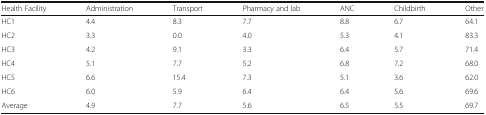
| Health Facility | Administration | Transport | Pharmacy and lab | ANC | Childbirth | Other |
 | --- | --- | --- | --- | --- | --- | --- |
 | HC1 | 4.4 | 8.3 | 7.7 | 8.8 | 6.7 | 64.1 |
 | HC2 | 3.3 | 0.0 | 4.0 | 5.3 | 4.1 | 83.3 |
 | HC3 | 4.2 | 9.1 | 3.3 | 6.4 | 5.7 | 71.4 |
 | HC4 | 5.1 | 7.7 | 5.2 | 6.8 | 7.2 | 68.0 |
 | HC5 | 6.6 | 15.4 | 7.3 | 5.1 | 3.6 | 62.0 |
 | HC6 | 6.0 | 5.9 | 6.4 | 6.4 | 5.6 | 69.6 |
 | Average | 4.9 | 7.7 | 5.6 | 6.5 | 5.5 | 69.7 |